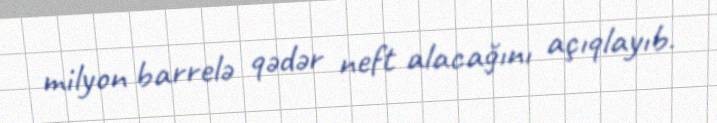
milyon barrelə qədər neft alacağını açıqlayıb.